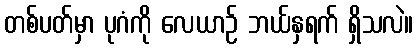
တစ်ပတ်မှာ ပုဂံကို လေယာဉ် ဘယ်နှရက် ရှိသလဲ။